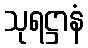
သုရဋ္ဌာနံ